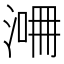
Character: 𣸙